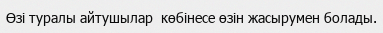
Өзі туралы айтушылар  көбінесе өзін жасырумен болады.